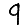
Digit: 9